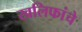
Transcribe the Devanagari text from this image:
खलिफांचे